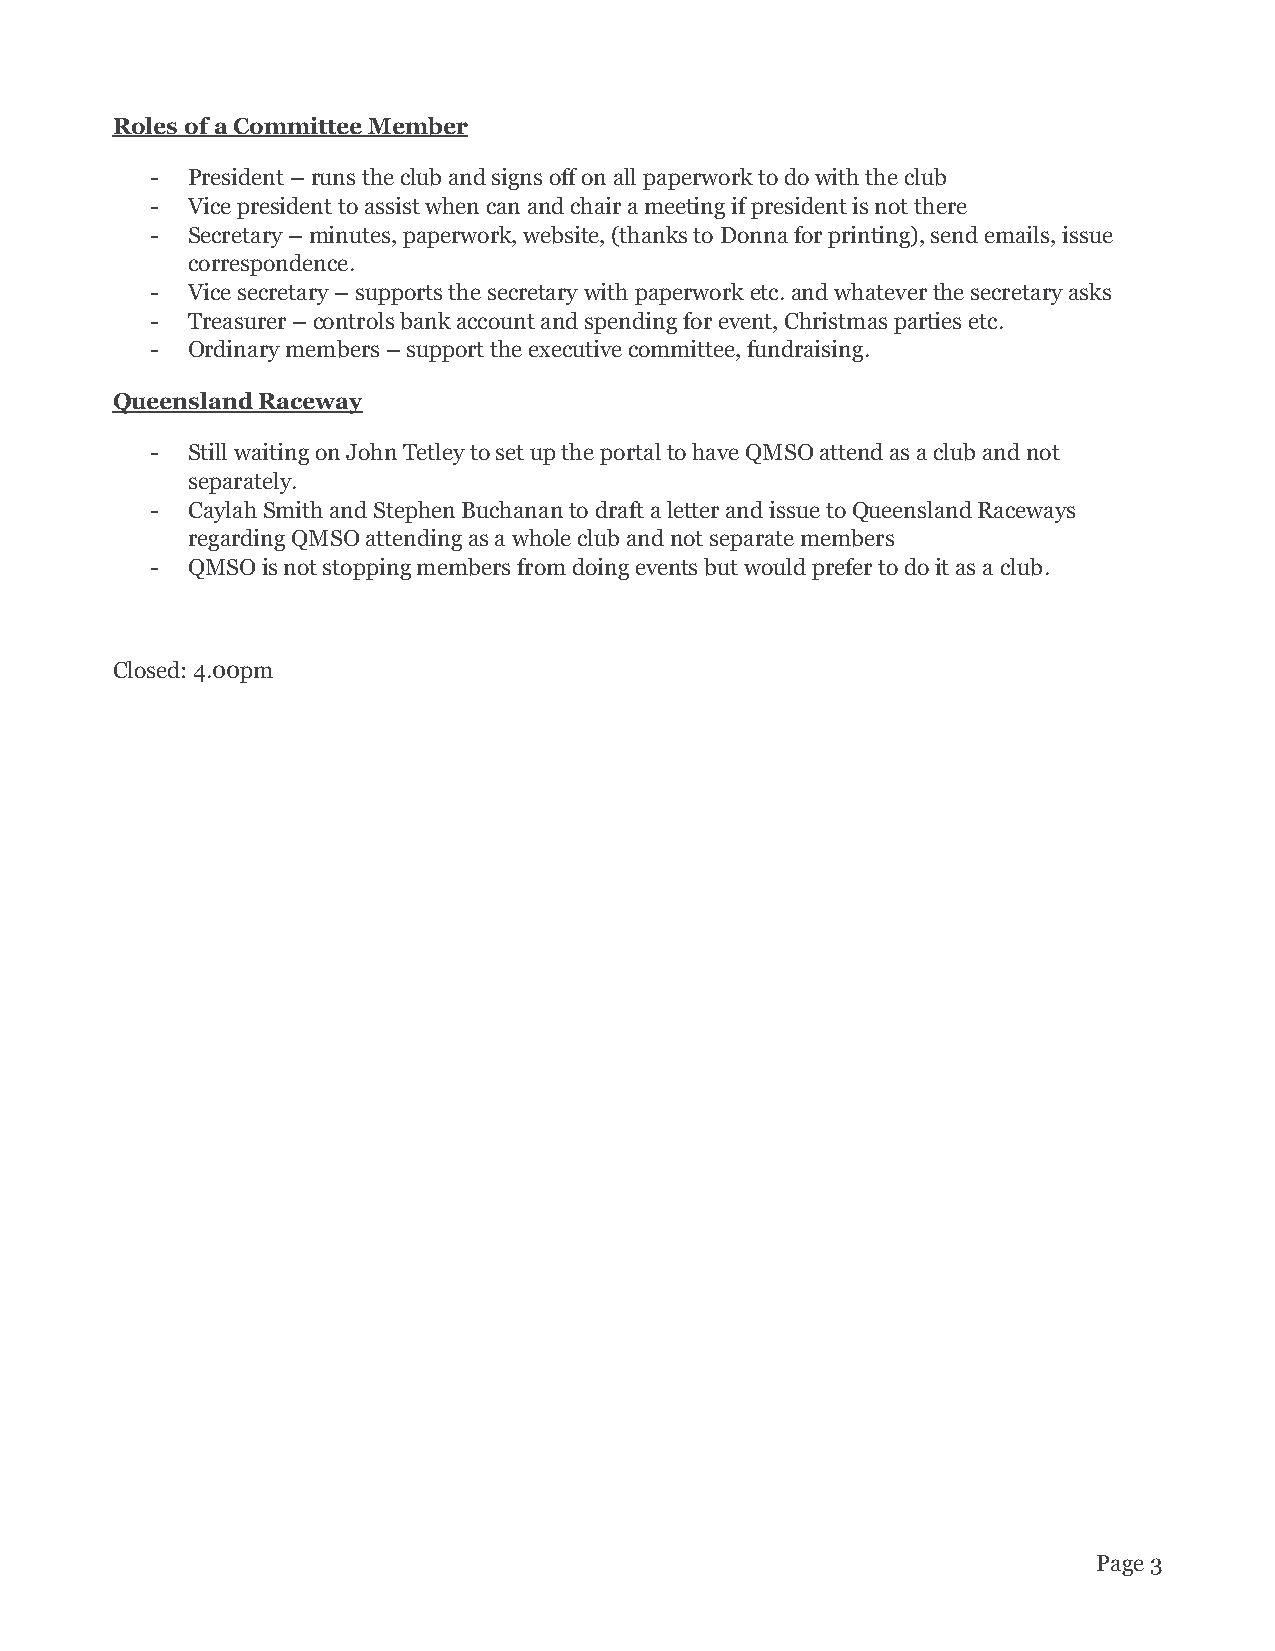
Roles of a Committee Member
 - President – runs the club and signs off on all paperwork to do with the club
 - Vice president to assist when can and chair a meeting if president is not there
 - Secretary – minutes, paperwork, website, (thanks to Donna for printing), send emails, issue
 correspondence.
 - Vice secretary – supports the secretary with paperwork etc. and whatever the secretary asks
 - Treasurer – controls bank account and spending for event, Christmas parties etc.
 - Ordinary members – support the executive committee, fundraising.
 Queensland Raceway
 - Still waiting on John Tetley to set up the portal to have QMSO attend as a club and not
 separately.
 - Caylah Smith and Stephen Buchanan to draft a letter and issue to Queensland Raceways
 regarding QMSO attending as a whole club and not separate members
 - QMSO is not stopping members from doing events but would prefer to do it as a club.
 Closed: 4.00pm
 Page 3